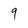
Character: 9